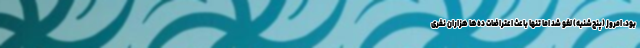
بود، امروز (پنج‌شنبه) لغو شد اما تنها باعث اعتراضات ده‌ها هزاران نفری